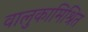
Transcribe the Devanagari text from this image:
वालुकामिश्रित